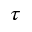
\tau